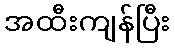
အထီးကျန်ပြီး